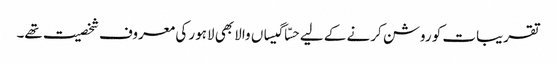
تقریبات کو روشن کرنے کے لیے حسّا گیساں والا بھی لاہور کی معروف شخصیت تھے۔